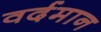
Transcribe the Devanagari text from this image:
वर्दमान